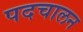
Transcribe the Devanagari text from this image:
पदचालन